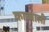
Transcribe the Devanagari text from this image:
काब्बाली